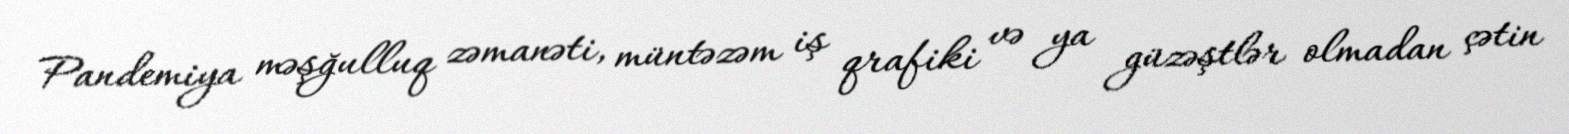
Pandemiya məşğulluq zəmanəti, müntəzəm iş qrafiki və ya güzəştlər olmadan çətin